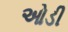
ઓડી